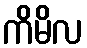
ကိမိလ